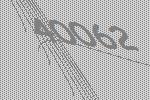
40062